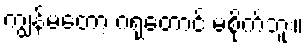
ကျွန်မတော့ ဂရုတောင် မစိုက်ဘူး။